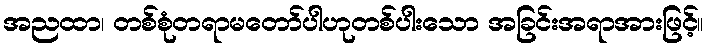
အညထာ၊ တစ်စုံတရာမတော်ပါဟုတစ်ပါးသော အခြင်းအရာအားဖြင့်။